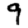
Digit: 9